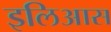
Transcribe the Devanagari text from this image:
इलिआस